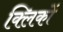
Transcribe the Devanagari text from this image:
क्लिकों